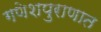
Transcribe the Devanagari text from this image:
गणेशपुराणात